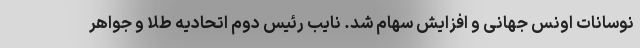
نوسانات اونس جهانی و افزایش سهام شد. نایب رئیس دوم اتحادیه طلا و جواهر